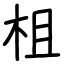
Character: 柤